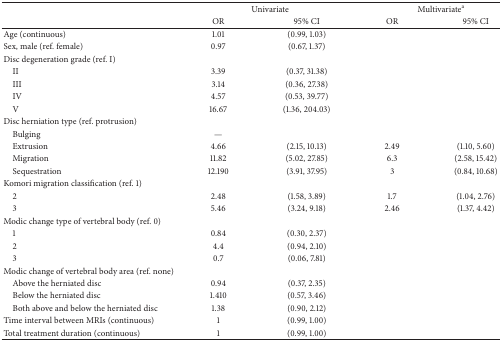
<table><thead><tr><td><b> </b></td><td colspan="2"><b>Univariate</b></td><td colspan="2"><b>Multivariate<sup>a</sup></b></td></tr><tr><td><b> </b></td><td><b>OR</b></td><td><b>95% CI</b></td><td><b>OR</b></td><td><b>95% CI</b></td></tr></thead><tbody><tr><td>Age (continuous)</td><td>1.01</td><td>(0.99, 1.03)</td><td> </td><td> </td></tr><tr><td>Sex, male (ref. female)</td><td>0.97</td><td>(0.67, 1.37)</td><td> </td><td> </td></tr><tr><td colspan="5">Disc degeneration grade (ref. I)</td></tr><tr><td> II</td><td>3.39</td><td>(0.37, 31.38)</td><td> </td><td> </td></tr><tr><td> III</td><td>3.14</td><td>(0.36, 27.38)</td><td> </td><td> </td></tr><tr><td> IV</td><td>4.57</td><td>(0.53, 39.77)</td><td> </td><td> </td></tr><tr><td> V</td><td>16.67</td><td>(1.36, 204.03)</td><td> </td><td> </td></tr><tr><td colspan="5">Disc herniation type (ref. protrusion)</td></tr><tr><td> Bulging</td><td>—</td><td> </td><td> </td><td> </td></tr><tr><td> Extrusion</td><td>4.66</td><td>(2.15, 10.13)</td><td>2.49</td><td>(1.10, 5.60)</td></tr><tr><td> Migration</td><td>11.82</td><td>(5.02, 27.85)</td><td>6.3</td><td>(2.58, 15.42)</td></tr><tr><td> Sequestration</td><td>12.190</td><td>(3.91, 37.95)</td><td>3</td><td>(0.84, 10.68)</td></tr><tr><td colspan="5">Komori migration classification (ref. 1)</td></tr><tr><td> 2</td><td>2.48</td><td>(1.58, 3.89)</td><td>1.7</td><td>(1.04, 2.76)</td></tr><tr><td> 3</td><td>5.46</td><td>(3.24, 9.18)</td><td>2.46</td><td>(1.37, 4.42)</td></tr><tr><td colspan="5">Modic change type of vertebral body (ref. 0)</td></tr><tr><td> 1</td><td>0.84</td><td>(0.30, 2.37)</td><td> </td><td> </td></tr><tr><td> 2</td><td>4.4</td><td>(0.94, 2.10)</td><td> </td><td> </td></tr><tr><td> 3</td><td>0.7</td><td>(0.06, 7.81)</td><td> </td><td> </td></tr><tr><td colspan="5">Modic change of vertebral body area (ref. none)</td></tr><tr><td> Above the herniated disc</td><td>0.94</td><td>(0.37, 2.35)</td><td> </td><td> </td></tr><tr><td> Below the herniated disc</td><td>1.410</td><td>(0.57, 3.46)</td><td> </td><td> </td></tr><tr><td> Both above and below the herniated disc</td><td>1.38</td><td>(0.90, 2.12)</td><td> </td><td> </td></tr><tr><td>Time interval between MRIs (continuous)</td><td>1</td><td>(0.99, 1.00)</td><td> </td><td> </td></tr><tr><td>Total treatment duration (continuous)</td><td>1</td><td>(0.99, 1.00)</td><td> </td><td> </td></tr></tbody></table>